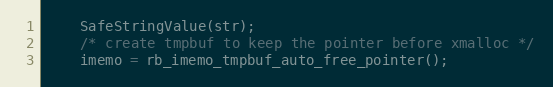
Language: C
    SafeStringValue(str);
    /* create tmpbuf to keep the pointer before xmalloc */
    imemo = rb_imemo_tmpbuf_auto_free_pointer();